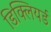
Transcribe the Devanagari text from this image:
डिक्लियर्ड